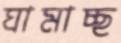
ঘামাচ্ছ